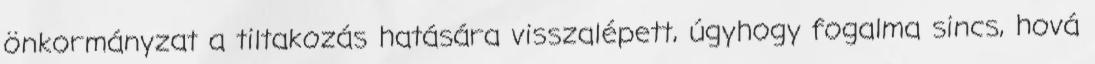
önkormányzat a tiltakozás hatására visszalépett, úgyhogy fogalma sincs, hová